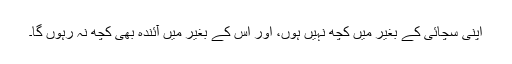
اپنی سچائی کے بغیر میں کچھ نہیں ہوں، اور اس کے بغیر میں آئندہ بھی کچھ نہ رہوں گا۔